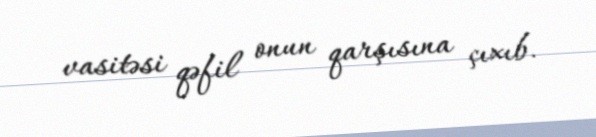
vasitəsi qəfil onun qarşısına çıxıb.